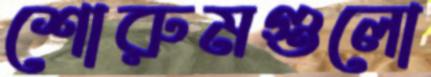
শোরুমগুলো